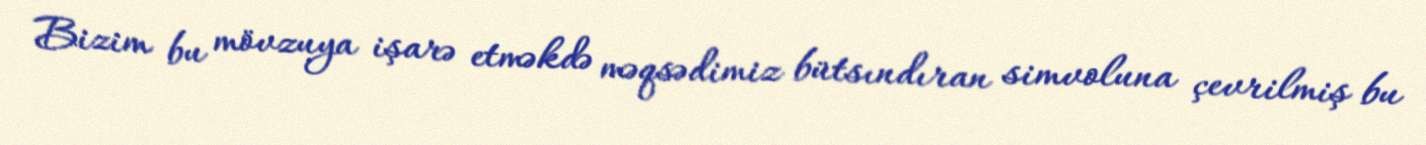
Bizim bu mövzuya işarə etməkdə məqsədimiz bütsındıran simvoluna çevrilmiş bu